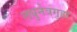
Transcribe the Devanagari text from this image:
लघुनेत्रगुहा